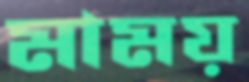
মাময়